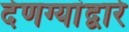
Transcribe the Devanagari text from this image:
देणग्यांद्वारे